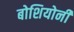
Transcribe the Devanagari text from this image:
बोशियोनी